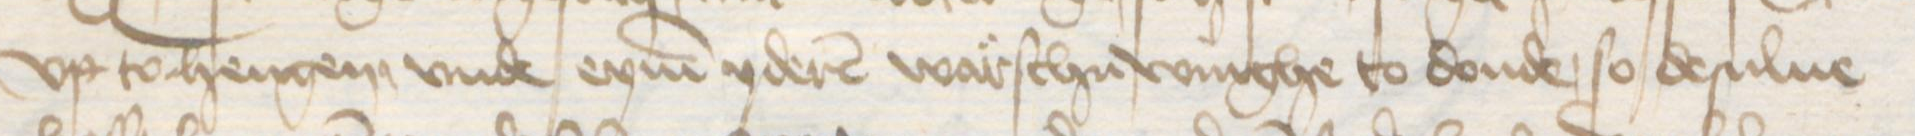
Transcription: vp tohengen vnde eynen yderen warschuwinghe to donde, so desulue